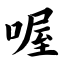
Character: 喔